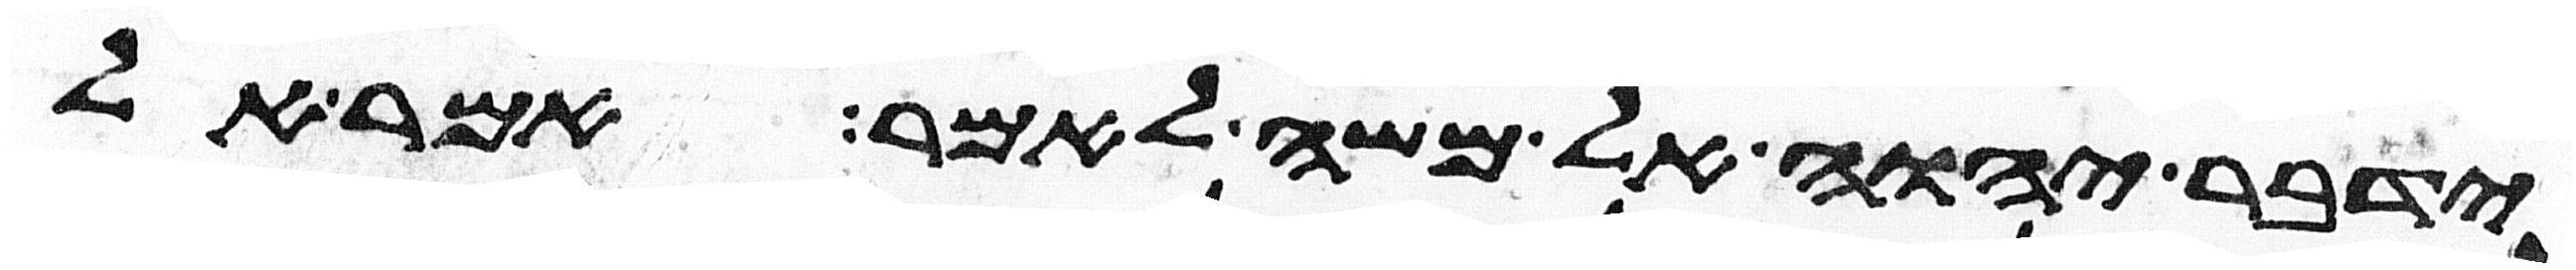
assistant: וידבר יהוה אל משה לאמר אמר אל